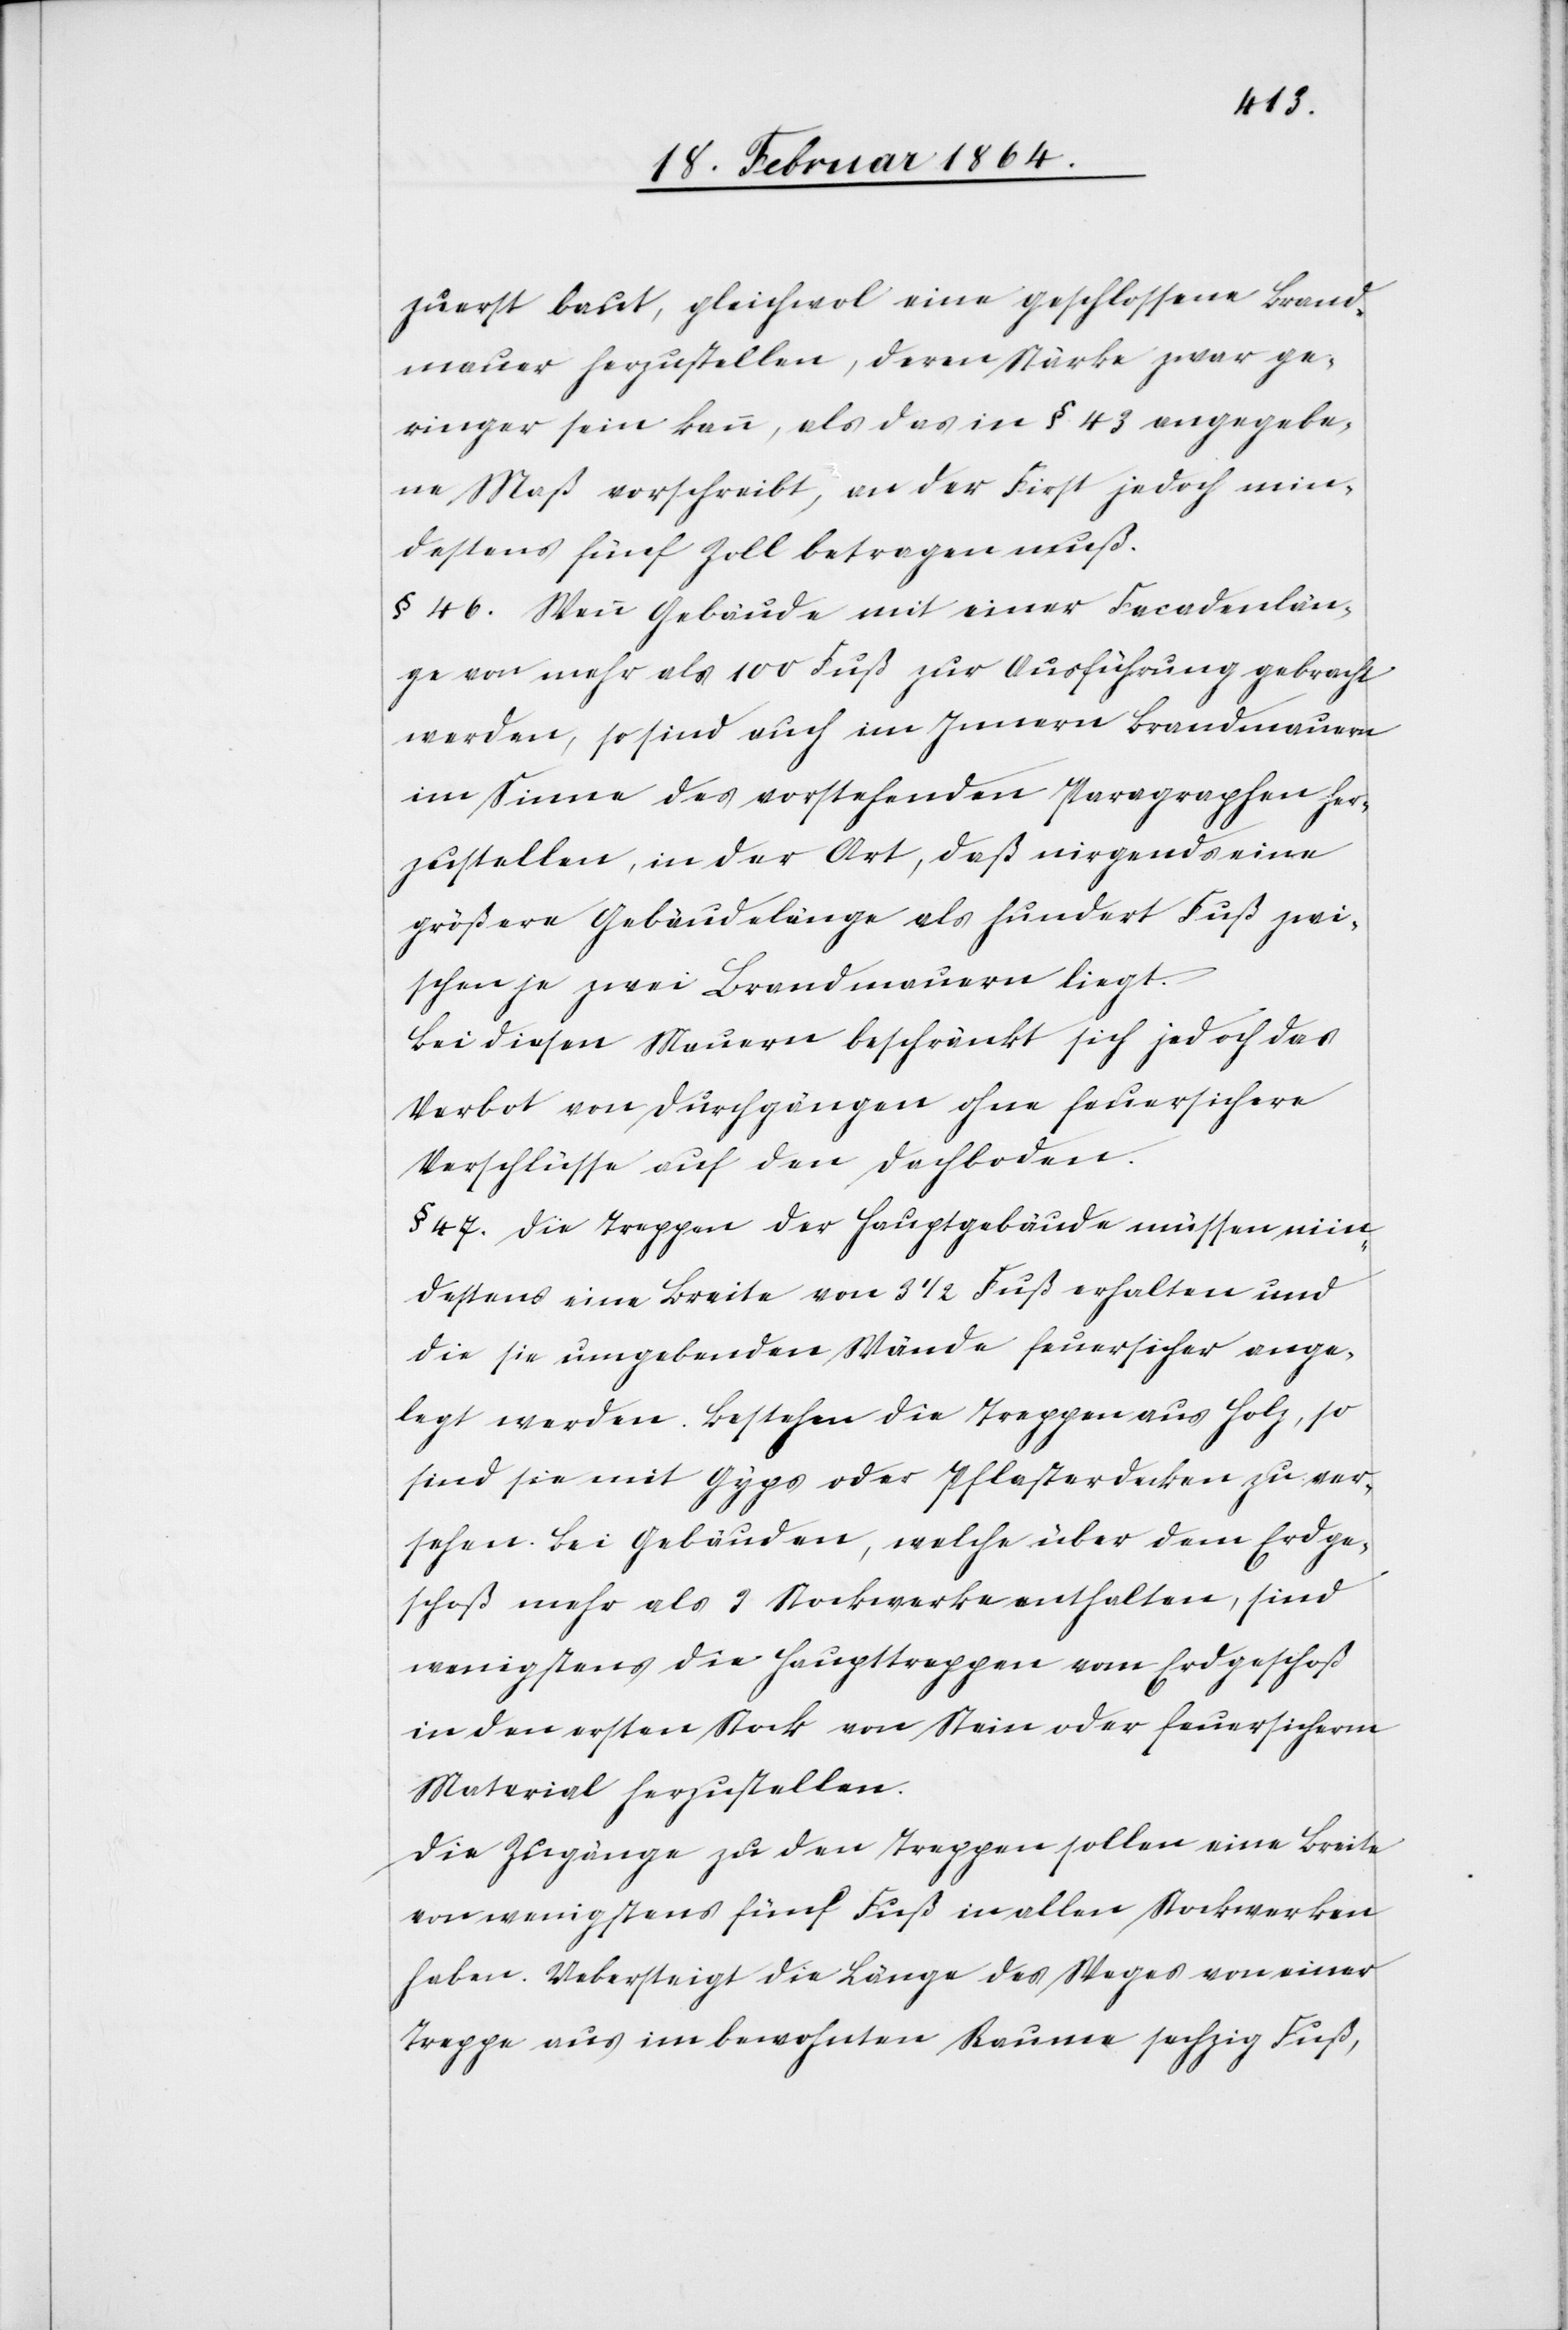
zuerst baut, gleichwol eine geschlossene Brand¬
mauer herzustellen, deren Stärke zwar ge¬
ringer sein kann, als das in § 43 angegebe¬
ne Maß vorschreibt, an der First jedoch min¬
destens fünf Zoll betragen muß.
§ 46. Wenn Gebäude mit einer Facadenlän¬
ge von mehr als 100 Fuß zur Ausführung gebracht
werden, so sind auch im Innern Brandmauern
im Sinne des vorstehenden Paragraphen her¬
zustellen, in der Art, daß nirgends eine
größere Gebäudelänge als hundert Fuß zwi¬
schen je zwei Brandmauern liegt.
Bei diesen Mauern beschränkt sich jedoch das
Verbot von Durchgängen ohne feuersichere
Verschlüsse auf den Dachboden.
§ 47. Die Treppen der Hauptgebäude müssen min¬
destens eine Breite von 3 ½ Fuß erhalten und
die sie umgebenden Wände feuersicher ange¬
legt werden. Bestehen die Treppen aus Holz, so
sind sie mit Gyps oder Pflasterdecken zu ver¬
sehen. Bei Gebäuden, welche über dem Erdge¬
schoß mehr als 3 Stockwerke enthalten, sind
wenigstens die Haupttreppen vom Erdgeschoß
in den ersten Stock von Stein oder feuersicherm
Material herzustellen.
Die Zugänge zu den Treppen sollen eine Breite
von wenigstens fünf Fuß in allen Stockwerken
haben. Uebersteigt die Länge des Wegs von einer
Treppe aus im bewohnten Raume sechzig Fuß,